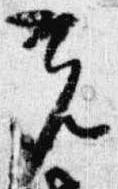
光